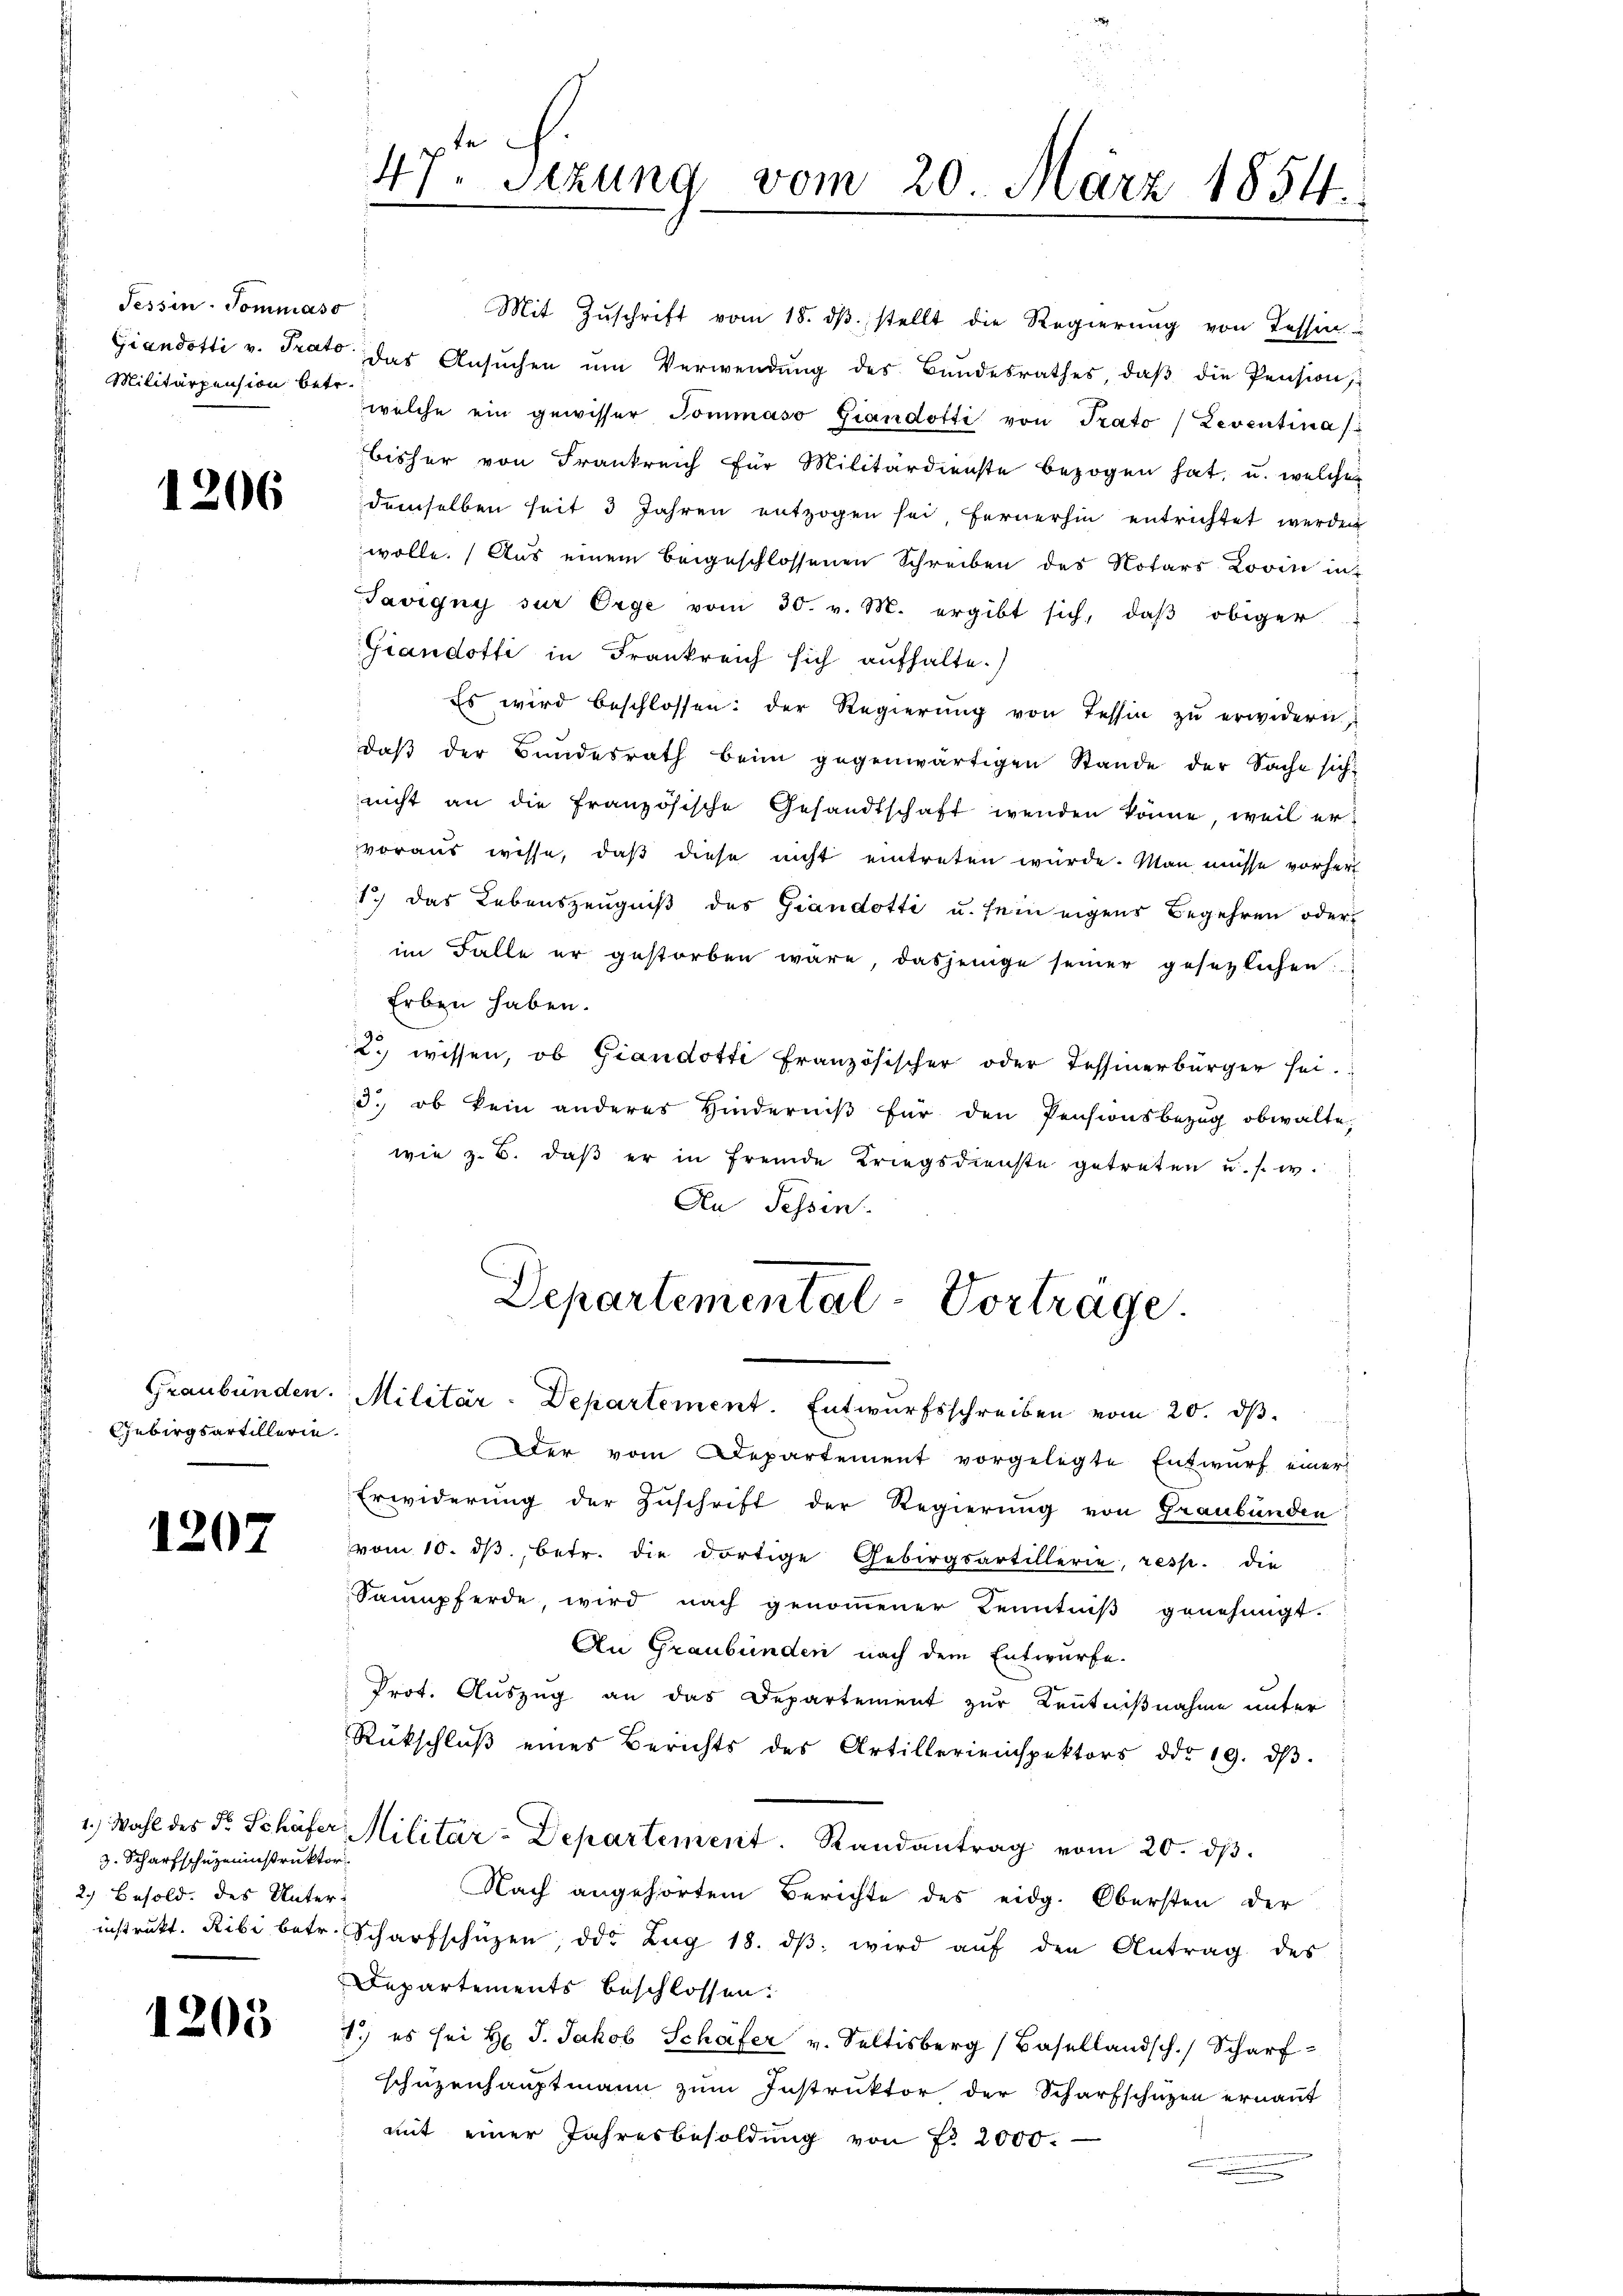
Tessin. Sommass
Militärpension betr.

1206

Gebirgsartillerie.

1207

3. Scharfschuzministruktor
 2. Besold. des Unter-

1205

ka
47. Setzung vom 20. März 1854

Mit Zuschrift vom 18. dβ stellt die Regierung von Tessin-
Giandotti v. Prato das Ansŭchen ŭm Verwendŭng des Bundesrathes, daβ die Pension
welche ein gewisser Tommaso Giandotti von Trato Leventina
bisher von Frankreich für Militärdienste bezogen hat, u. welcher
demselben seit 3 Jahren entzogen sei, fernerhin entrichtet werden
wolle. Aus einem beigeschlossenen Schreiben des Notars Lovin in
Savigny sur Orge vom 30. v. M. ergibt sich, daß obiger
Giandotti in Frankreich sich aufhalte.
 Es wird beschlossen: der Regierŭng von Tessin zŭ erwidern,
daβ der Bundesrath beim gegenwärtigen Stande der Sache sich
nicht an die französische Gesandtschaft wenden könne, weil ervoraus wisse, daß diese nicht eintreten würde. Man müsse vorher
1.) Das Lebenszeugniß des Giandotti u. sein eigens Begehren oder
im Falle er gestorben wäre, dasjenige seiner gesezlichen
Erben haben.
2. wissen, ob Giandotti französischer oder Tessinerbürger sei-
3., ob kein anderes Hinderniß für den Pensionsbezug obwalte,
 wie z. B. daβ er in fremde Kriegsdienste getreten u. s. w.
An Tessin.
Departemental-Vortrage
Graubünden. Militär-Departement. Entwurfsschreiben vom 20. dβ
Der vom Departement vorgelegte Entwurf einer
Erwiderung der Zuschrift der Regierung von Graubünden
vom 10. dβ betr. die dortige Gebirgsartillerie, resp. die
Saumpferde, wird nach genoṁener Kenntniβ genehmigt.
An Graubünden nach dem Entwurfe.
Prot. Auszug an das Departement zur Kenntnißnahme unter
Rückschluß eines Berichts des Artillerieinspektors ddo 19. dβ.
1.) Wahl des Fr. Schäfer Militär-Departement. Randantrag vom 20. dβ.
Nach angehörtem Berichte des eidg. Obersten der
instrŭkt. Ribi betr. Scharfschüzen, das Zug 18. dβ wird aŭf den Antrag des
Departements beschlossen:
1.) es sei H. J. Jakob Schäfer v. Seltisberg (Basellandsch. Scharf
schüzenhauptmann zum Instruktor der Scharfschützen ernannt
mit einer Jahresbesoldung von Fr. 2000.